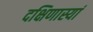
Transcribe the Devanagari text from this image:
दक्षिणास्यां